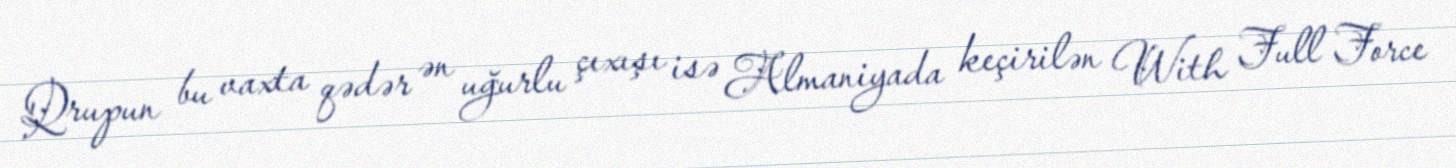
Qrupun bu vaxta qədər ən uğurlu çıxışı isə Almaniyada keçirilən With Full Force